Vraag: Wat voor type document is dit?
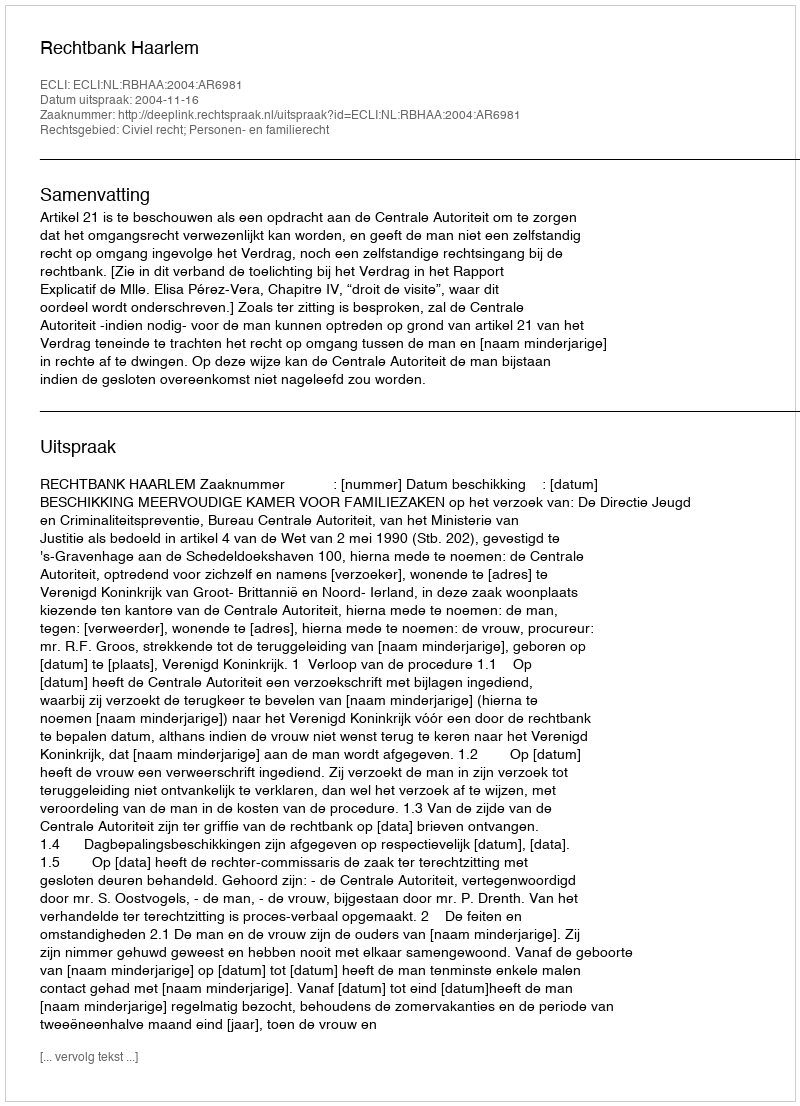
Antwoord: Uitspraak